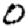
Digit: 0